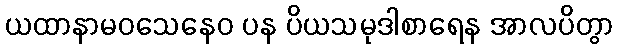
ယထာနာမဝသေနေဝ ပန ပိယသမုဒါစာရေန အာလပိတွာ